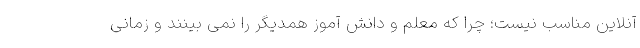
آنلاین مناسب نیست؛ چرا که معلم و دانش آموز همدیگر را نمی بینند و زمانی